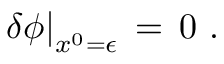
\left. \delta \phi \right| _ { x ^ { 0 } = \epsilon } \, = \, 0 \, \, .